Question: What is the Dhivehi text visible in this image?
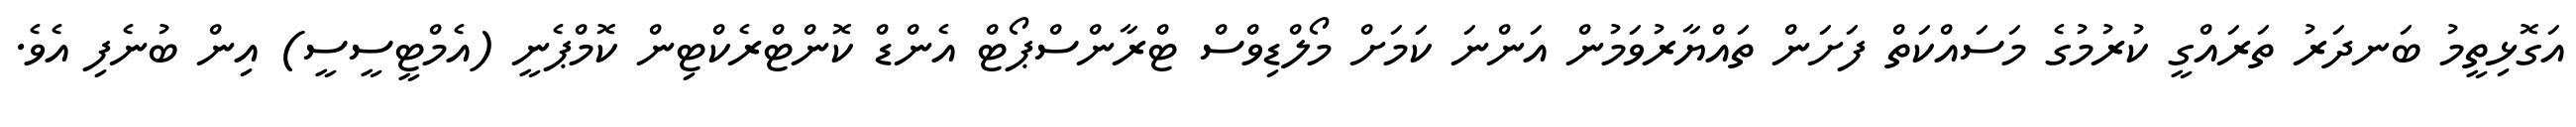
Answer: އަގޮޅިތީމު ބަނދަރު ތަރައްގީ ކުރުމުގެ މަސައްކަތް ފަށަން ތައްޔާރުވަމުން އަންނަ ކަމަށް މޯލްޑިވްސް ޓްރާންސްޕޯޓް އެންޑް ކޮންޓްރެކްޓިން ކޮމްޕެނީ (އެމްޓީސީސީ) އިން ބުނެފި އެވެ.